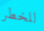
للخطر